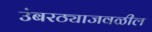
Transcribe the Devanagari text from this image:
उंबरठ्याजवळील